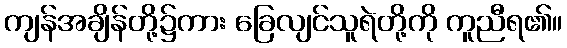
ကျန်အချိန်တို့၌ကား ခြေလျင်သူရဲတို့ကို ကူညီရ၏။